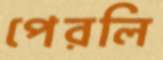
পেরলি